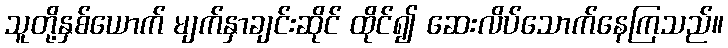
သူတို့နှစ်ယောက် မျက်နှာချင်းဆိုင် ထိုင်၍ ဆေးလိပ်သောက်နေကြသည်။